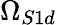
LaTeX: \Omega_{S1d}